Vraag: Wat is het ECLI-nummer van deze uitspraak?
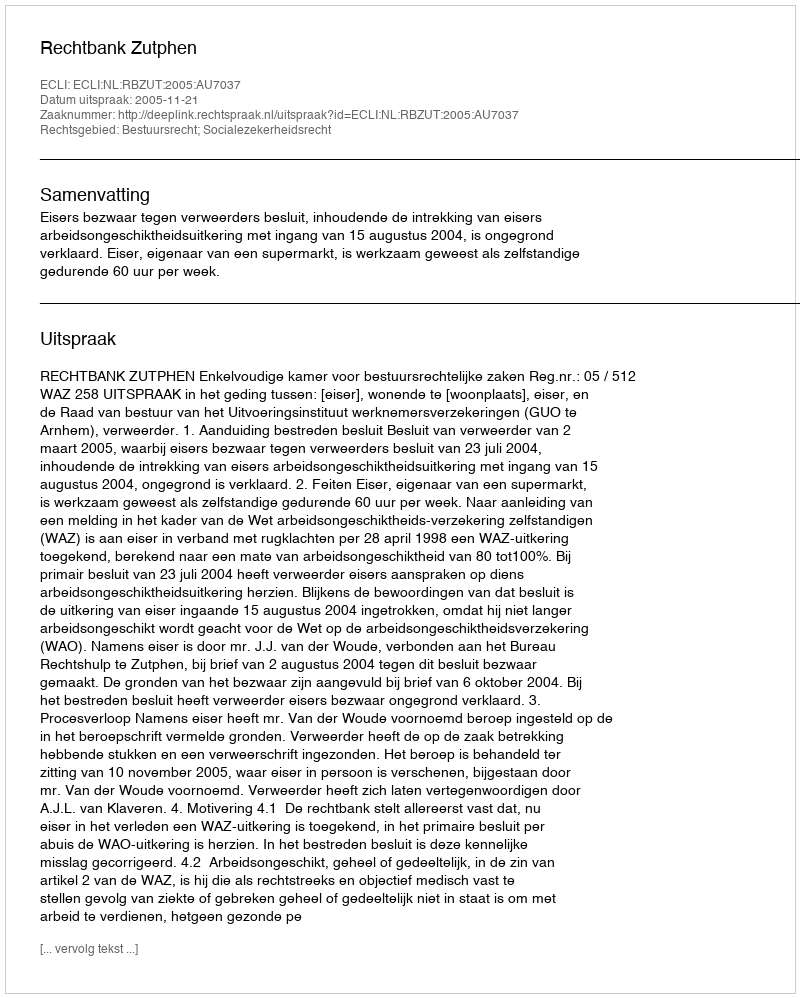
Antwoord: ECLI:NL:RBZUT:2005:AU7037